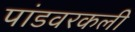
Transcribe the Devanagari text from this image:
पांडवरकली